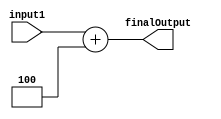
module Adder_4(	 
	
	input [32-1:0] input1,
	output reg [32-1:0] finalOutput
	
	
	);
	
	assign finalOutput = input1 + 4;
	endmodule